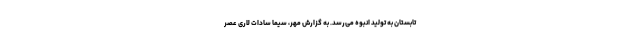
تابستان به تولید انبوه می‌رسد. به گزارش مهر، سیما سادات لاری عصر